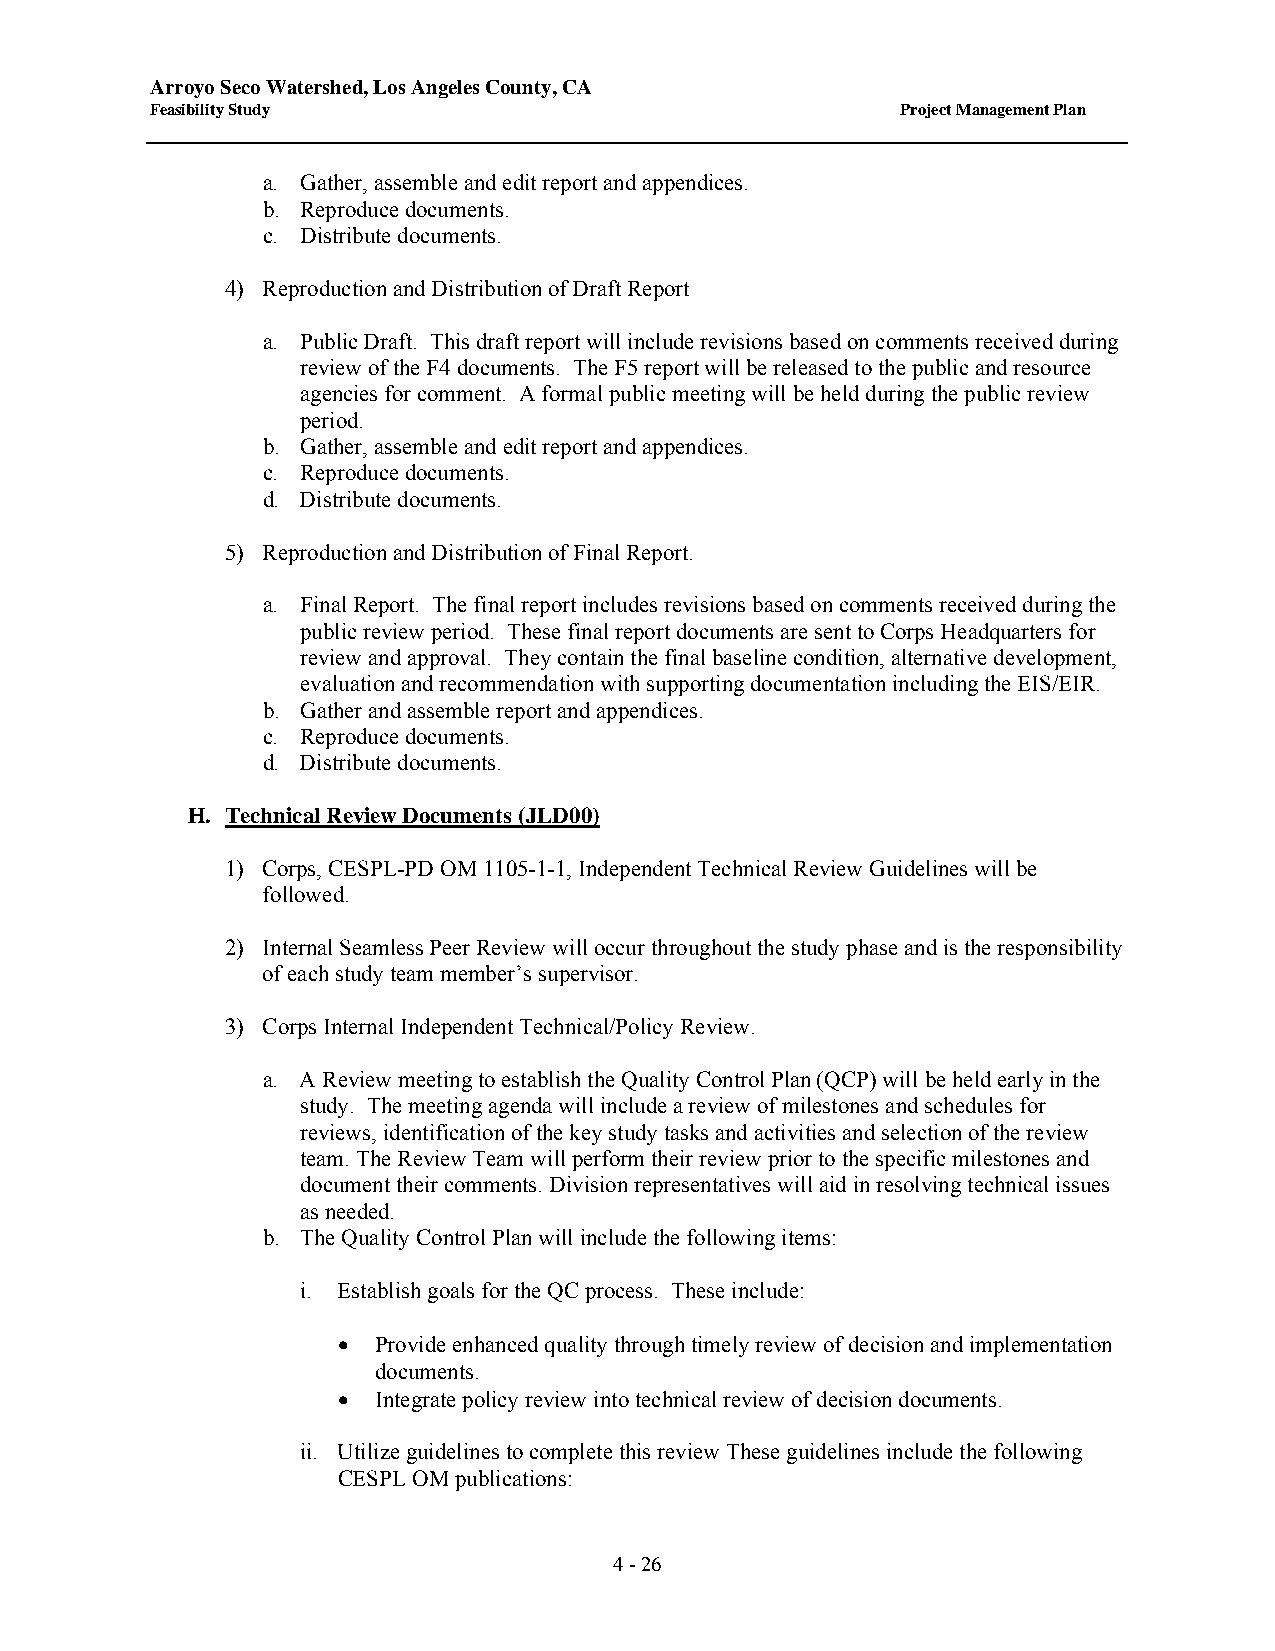
Arroyo Seco Watershed, Los Angeles County, CA
 Feasibility Study                                 Project Management Plan
 a. Gather, assemble and edit report and appendices.
 b. Reproduce documents.
 c. Distribute documents.
 4) Reproduction and Distribution of Draft Report
 a. Public Draft. This draft report will include revisions based on comments received during
 review of the F4 documents. The F5 report will be released to the public and resource
 agencies for comment. A formal public meeting will be held during the public review
 period.
 b. Gather, assemble and edit report and appendices.
 c. Reproduce documents.
 d. Distribute documents.
 5) Reproduction and Distribution of Final Report.
 a. Final Report. The final report includes revisions based on comments received during the
 public review period. These final report documents are sent to Corps Headquarters for
 review and approval. They contain the final baseline condition, alternative development,
 evaluation and recommendation with supporting documentation including the EIS/EIR.
 b. Gather and assemble report and appendices.
 c. Reproduce documents.
 d. Distribute documents.
 H. Technical Review Documents (JLD00)
 1) Corps, CESPL-PD OM 1105-1-1, Independent Technical Review Guidelines will be
 followed.
 2) Internal Seamless Peer Review will occur throughout the study phase and is the responsibility
 of each study team member’s supervisor.
 3) Corps Internal Independent Technical/Policy Review.
 a. A Review meeting to establish the Quality Control Plan (QCP) will be held early in the
 study. The meeting agenda will include a review of milestones and schedules for
 reviews, identification of the key study tasks and activities and selection of the review
 team. The Review Team will perform their review prior to the specific milestones and
 document their comments. Division representatives will aid in resolving technical issues
 as needed.
 b. The Quality Control Plan will include the following items:
 i. Establish goals for the QC process. These include:
 •  Provide enhanced quality through timely review of decision and implementation
 documents.
 •  Integrate policy review into technical review of decision documents.
 ii. Utilize guidelines to complete this review These guidelines include the following
 CESPL OM publications:
 4 - 26